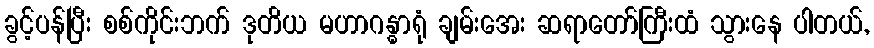
ခွင့်ပန်ပြီး စစ်ကိုင်းဘက် ဒုတိယ မဟာဂန္ဓာရုံ ချမ်းအေး ဆရာတော်ကြီးထံ သွားနေ ပါတယ်,